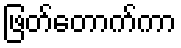
ဖြတ်တောက်ကာ